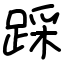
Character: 踩